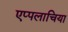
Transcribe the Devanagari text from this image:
एप्पलाचिया